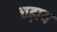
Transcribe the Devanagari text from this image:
चढ़ाय